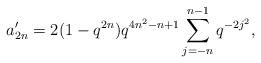
LaTeX: \begin{align*} a'_{2n} = 2(1-q^{2n})q^{4n^2-n+1}\sum_{j=-n}^{n-1}q^{-2j^2}, \end{align*}